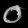
Digit: ၀